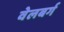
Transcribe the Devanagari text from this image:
वेलबर्ग